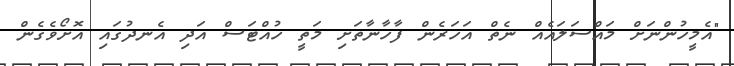
"އެމީހުންނަށް މައްސަލައެއް ނެތް އަހަރެން ފާހާނާތަށި މަތީ ހުއްޓަސް އަދި އެނދުގައި އޮށޯވެގެން